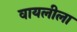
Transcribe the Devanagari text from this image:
वायलीला